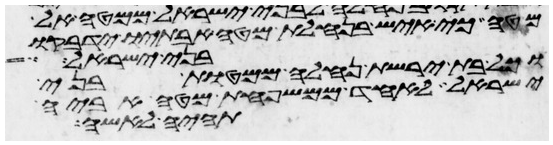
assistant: מטה כי איש בנחלת מטה אבתיו ידבקו
וכל בת ירשת נחלה ממטות בני
בני ישראל
ישראל לאחד ממשפחת מטה אביה
תהיה לאשה